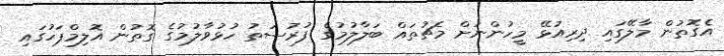
އެގޮތުން މާލޭގައި ދިރިއުޅޭ މީހުންނަށް މެޗުތައް ބަލާލުމުގެ ފުރުސަތު ހުޅުވާލުމުގެ ގޮތުން އޮލިމްޕަހުގައި